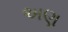
અણ